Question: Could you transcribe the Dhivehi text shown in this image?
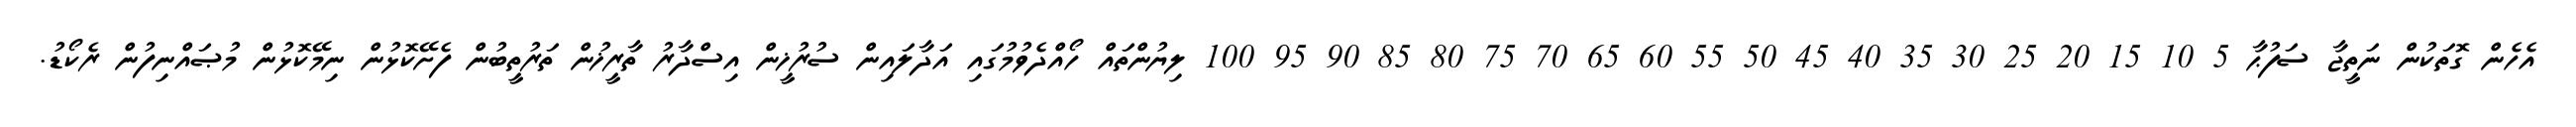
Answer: އެހެން ގޮތަކުން ނަތީޖާ ސަފުޙާ 5 10 15 20 25 30 35 40 45 50 55 60 65 70 75 80 85 90 95 100 ލިޔުންތައް ހޯއްދެވުމުގައި އަދާލައިން ސުރުޚީން އިސްދާރު ތާރީޚުން ތަރުތީބުން ފެށޭކޮޅުން ނިމޭކޮޅުން މުޞައްނިފުން ރެކޯޑު.